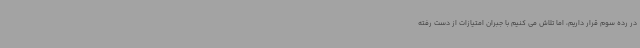
در رده سوم قرار داریم، اما تلاش می کنیم با جبران امتیازات از دست رفته